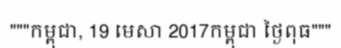
"""កម្ពុជា, 19 មេសា 2017កម្ពុជា ថ្ងៃពុធ"""